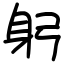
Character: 躬